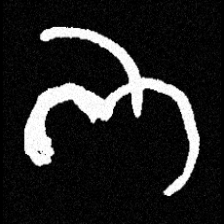
Pyu character \u2014 Myanmar letter: ဘ (romanized: bha)